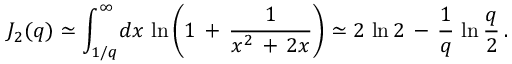
J _ { 2 } ( q ) \simeq \int _ { 1 / q } ^ { \infty } \! d x \, \ln \left( 1 \, + \, \frac { 1 } { x ^ { 2 } \, + \, 2 x } \right) \simeq 2 \, \ln 2 \, - \, \frac { 1 } { q } \, \ln \frac { q } { 2 } \, { . }